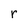
Character: r